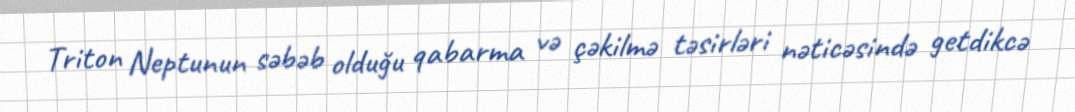
Triton Neptunun səbəb olduğu qabarma və çəkilmə təsirləri nəticəsində getdikcə